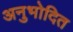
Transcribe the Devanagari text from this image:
अनुभोदित